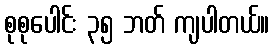
စုစုပေါင်း ၃၅ ဘတ် ကျပါတယ်။